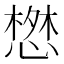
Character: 𢠘